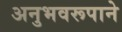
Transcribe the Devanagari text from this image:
अनुभवरूपाने